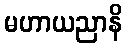
မဟာယညာနိ